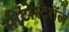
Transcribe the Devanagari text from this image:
सीटोस्टेरॉल